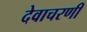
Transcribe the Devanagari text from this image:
देवाचरणी